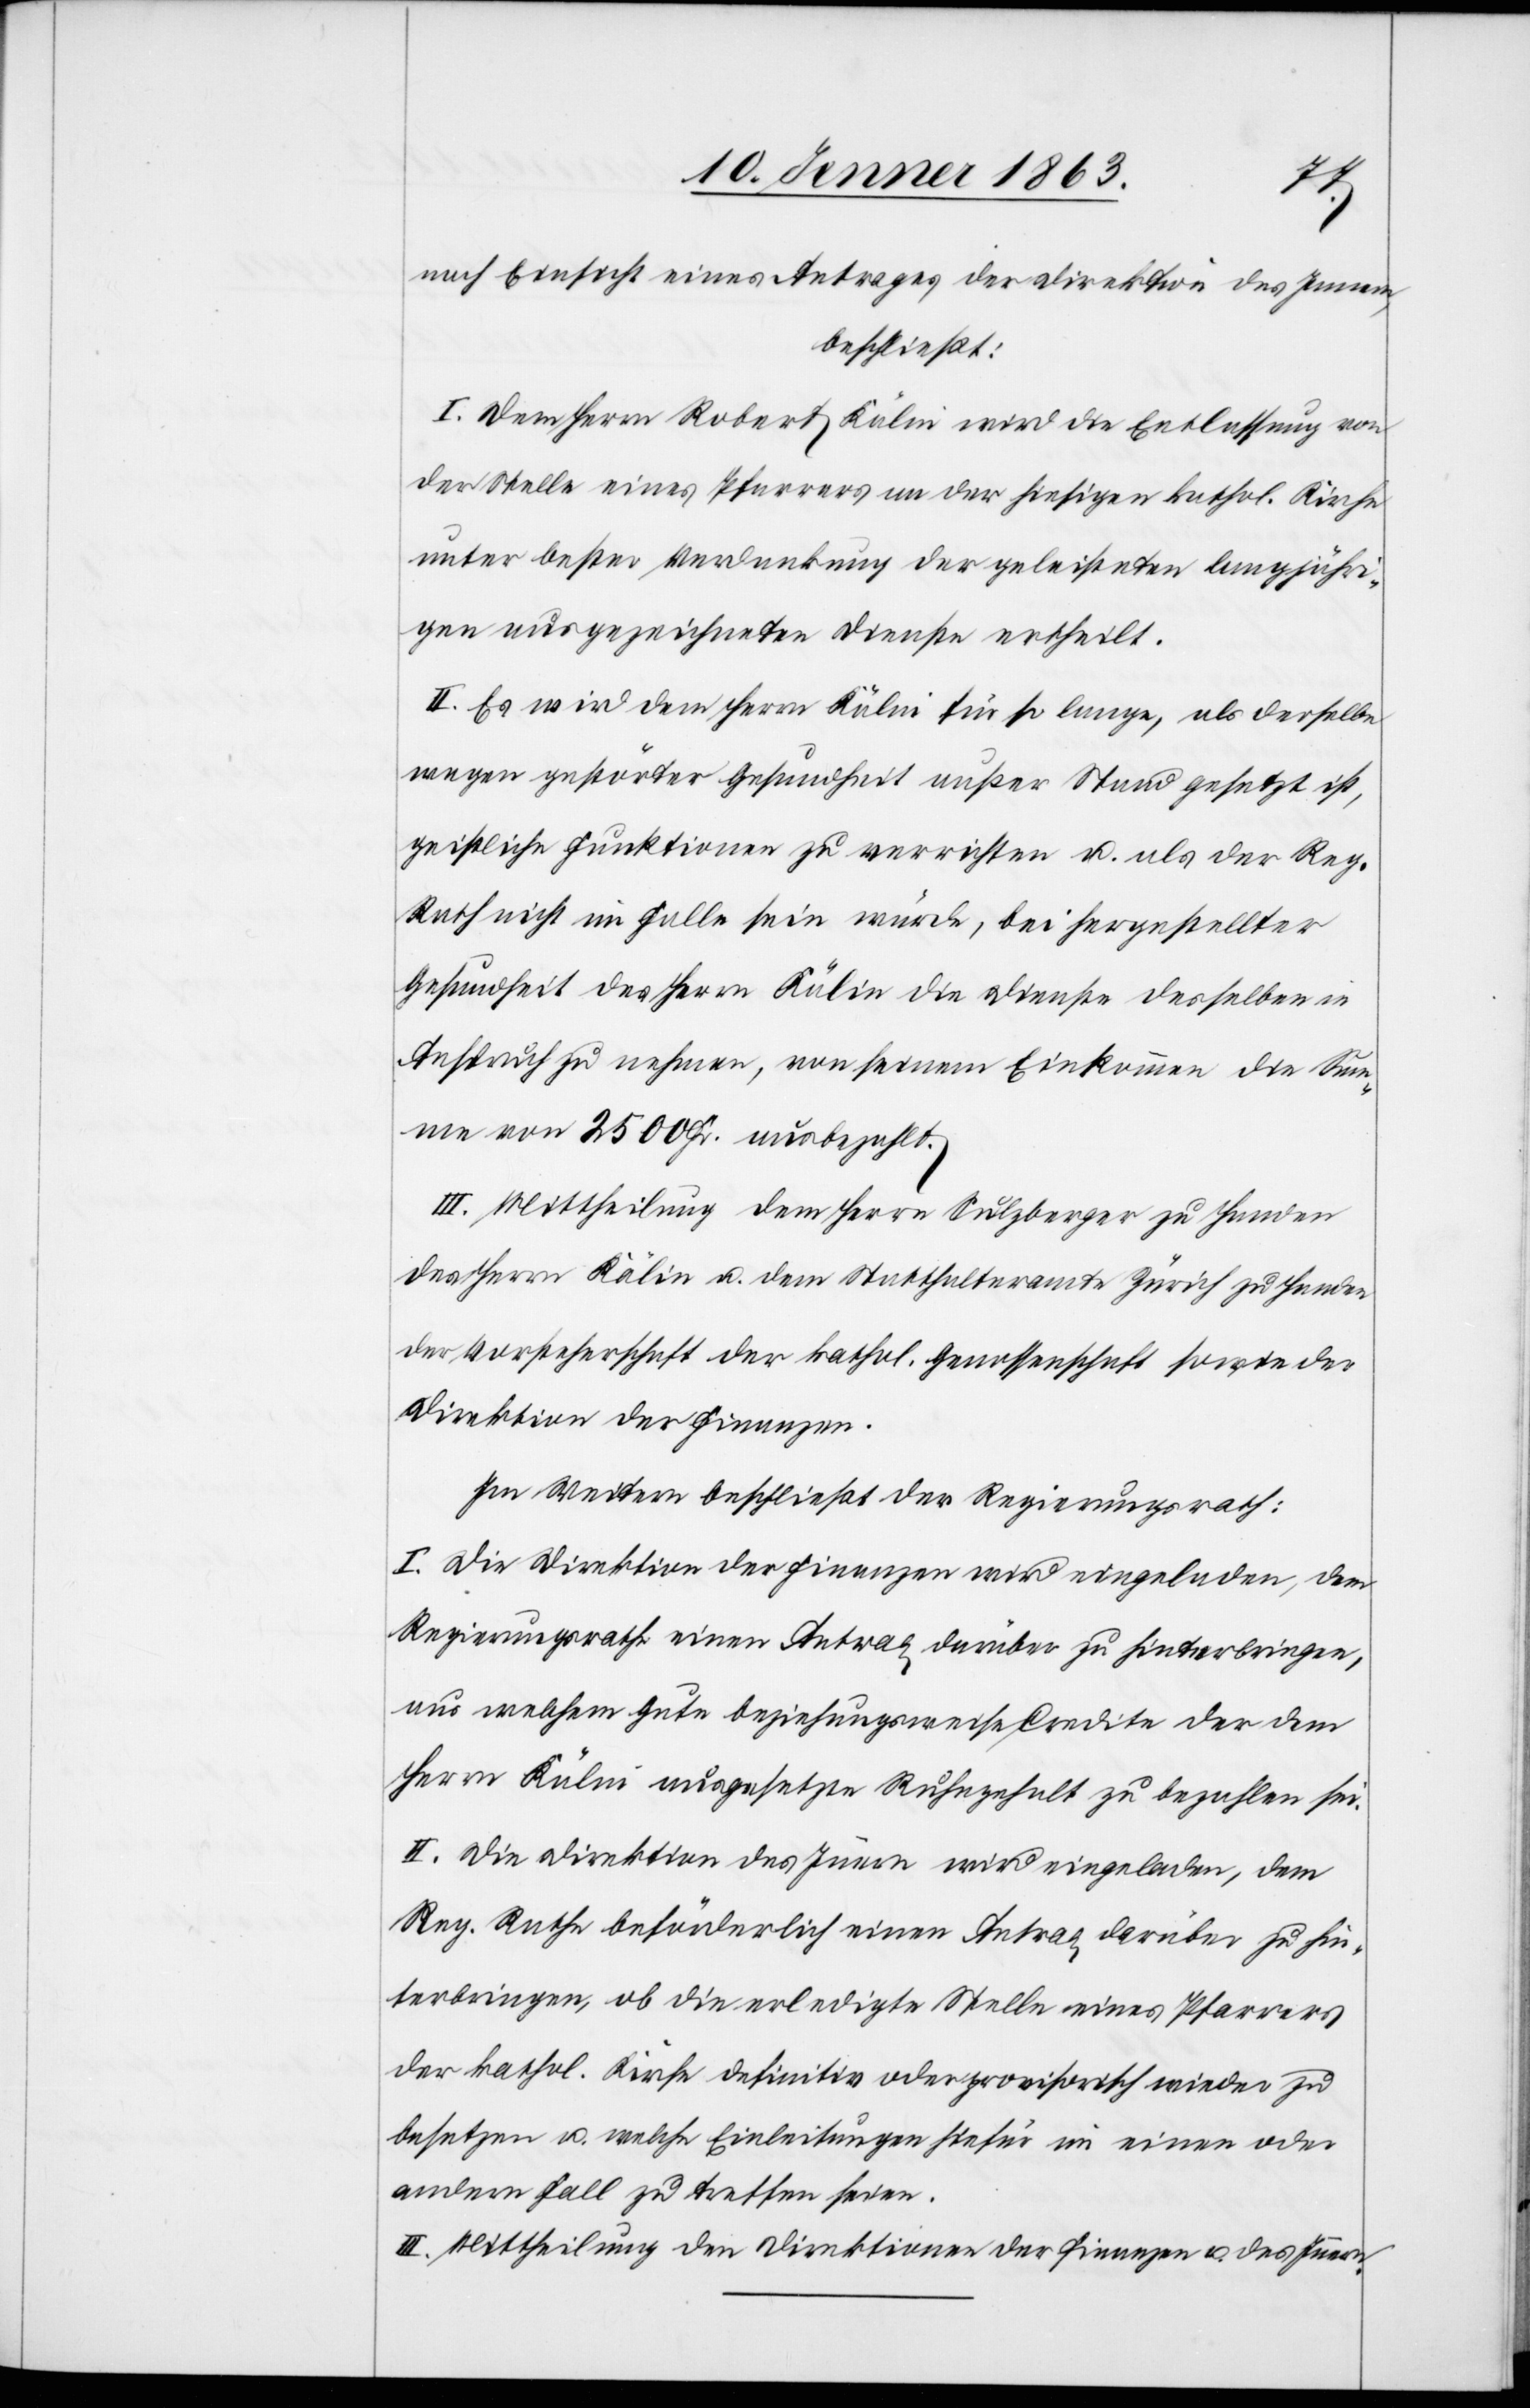
nach Einsicht eines Antrages der Direktion der Justiz,
beschließt:
I. Dem Herrn Robert Kälin wird die Entlassung von
der Stelle eines Pfarrers an der hiesigen kathol. Kirche
unter bester Verdankung der geleisteten langjähri¬
gen ausgezeichneten Dienste ertheilt.
II. Es wird dem Herrn Kälin für so lange, als derselbe
wegen gestörter Gesundheit außer Stand gesetzt ist,
geistliche Funktionen zu verrichten u. als der Reg.
Rath nicht im Falle sein würde, bei hergestellter
Gesundheit des Herrn Kälin die Dienste desselben in
Anspruch zu nehmen, von seinem Einkommen die Sum¬
me von 2500 Fr. ausbezahlt.
III. Mittheilung dem Herrn Sulzberger zu Handen
des Herrn Kälin u. dem Statthalteramte Zürich zu Handen
der Vorsteherschaft der kathol. Genossenschaft sowie der
Direktion der Finanzen.
Im Weitern beschließt der Regierungsrath:
I. Die Direktion der Finanzen wird eingeladen, dem
Regierungsrathe einen Antrag darüber zu hinterbringen,
aus welchem Gute beziehungsweise Credite der dem
Herrn Kälin ausgesetzte Ruhegehalt zu bezahlen sei.
II. Die Direktion des Innern wird eingeladen, dem
Reg. Rathe beförderlich einen Antrag darüber zu hin¬
terbringen, ob die erledigte Stelle eines Pfarrers
der kathol. Kirche definitiv oder provisorisch wieder zu
besetzen u. welche Einleitungen hiefür im einen oder
andern Fall zu treffen seien.
III. Mittheilung an die Direktionen der Finanzen u. des Innern.